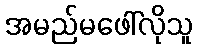
အမည်မဖေါ်လိုသူ